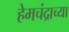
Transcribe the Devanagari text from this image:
हेमचंद्राच्या